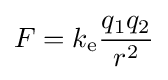
F=k_{\text{e}}{q_{1}q_{2} \over r^{2}}